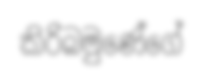
කිරිබමුණේගේ